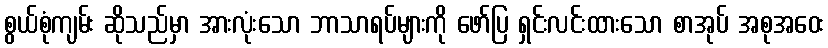
စွယ်စုံကျမ်း ဆိုသည်မှာ အားလုံးသော ဘာသာရပ်များကို ဖော်ပြ ရှင်းလင်းထားသော စာအုပ် အစုအဝေး